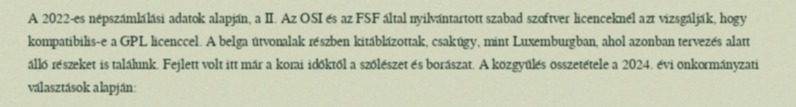
A 2022-es népszámlálási adatok alapján, a II. Az OSI és az FSF által nyilvántartott szabad szoftver licenceknél azt vizsgálják, hogy kompatibilis-e a GPL licenccel. A belga útvonalak részben kitáblázottak, csakúgy, mint Luxemburgban, ahol azonban tervezés alatt álló részeket is találunk. Fejlett volt itt már a korai időktől a szőlészet és borászat. A közgyűlés összetétele a 2024. évi önkormányzati választások alapján: